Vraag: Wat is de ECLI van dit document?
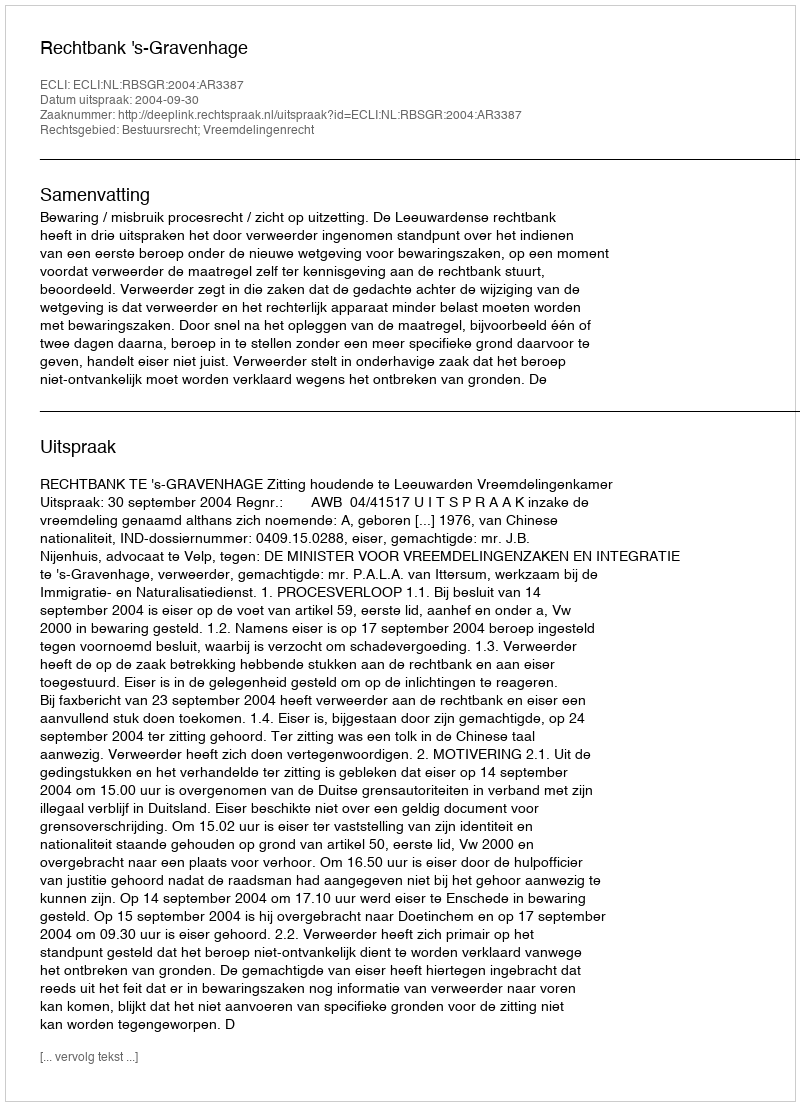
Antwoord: ECLI:NL:RBSGR:2004:AR3387